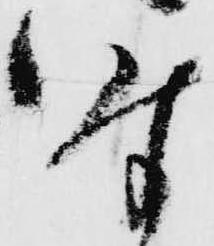
時